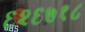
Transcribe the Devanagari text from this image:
६२६७१८